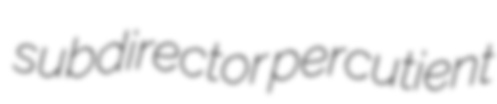
subdirector percutient